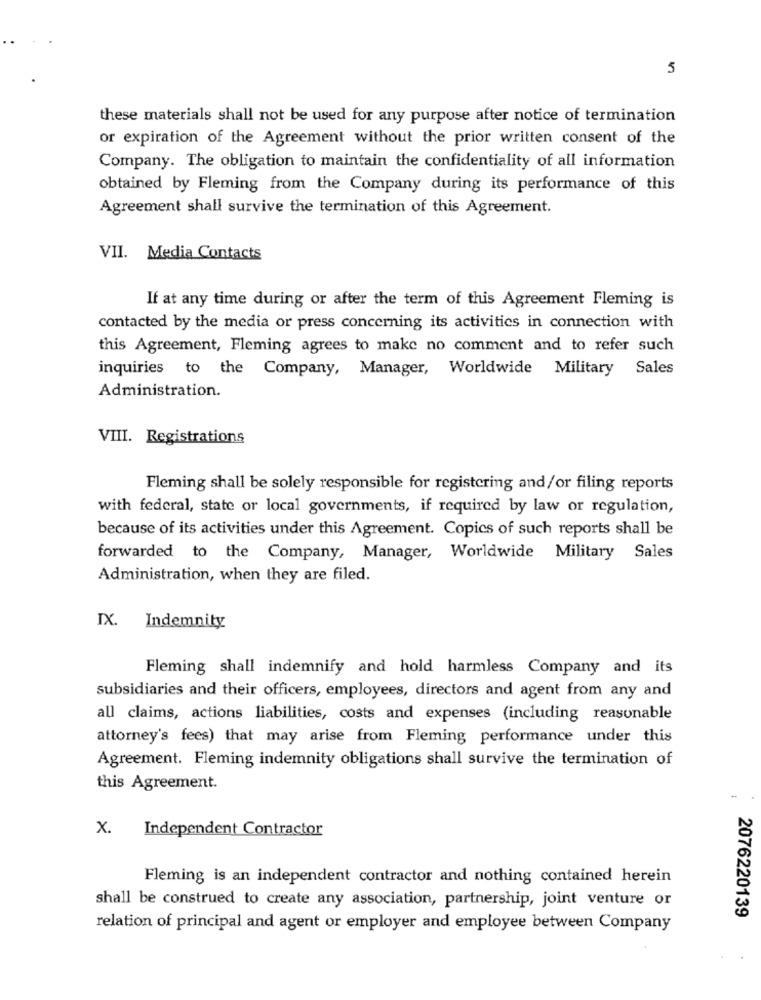
5
these materials shall not be used for any purpose after notice of termination
or expiration of the Agreement without the prior written consent of the
Company. The obligation to maintain the confidentiality of all information
obtained by Fleming from the Company during its performance of this
Agreement shall survive the termination of this Agreement.
VII. Media Contacts
If at any time during or after the term of this Agreement Fleming is
contacted by the media or press concerning its activities in connection with
this Agreement, Fleming agrees to make no comment and to refer such
inquiries to the Company, Manager, Worldwide Military
Sales
Administration.
VIII. Registrations
Fleming shall be solely responsible for registering and/or filing reports
with federal, state or local governments, if required by law or regulation,
because of its activities under this Agreement. Copics of such reports shall be
forwarded to the Company, Manager, Worldwide Military Sales
Administration, when they are filed.
IX.
Indemnity
Fleming shall indemnify and hold harmless Company and its
subsidiaries and their officers, employees, directors and agent from any and
all claims, actions liabilities, costs and expenses (including reasonable
attorney's fees) that may arise from Fleming performance under this
Agreement. Fleming indemnity obligations shall survive the termination of
this Agreement.
x.
Independent Contractor
Fleming is an independent contractor and nothing contained herein
shall be construed to create any association, partnership, joint venture or
2076220139
relation of principal and agent or employer and employee between Company